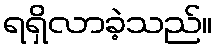
ရရှိလာခဲ့သည်။